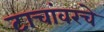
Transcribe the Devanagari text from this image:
टाचांवरचे